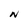
Character: N